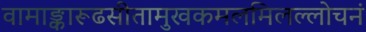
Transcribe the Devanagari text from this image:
वामाङ्कारूढसीतामुखकमलमिलल्लोचनं